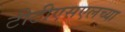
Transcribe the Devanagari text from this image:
टीटीएसएलच्या